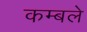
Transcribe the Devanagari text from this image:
कम्बले